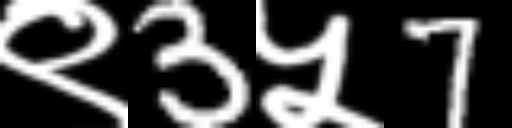
Text: ९3५7